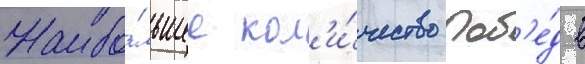
Наибо́льшее кол'и́чество поб'е́д в